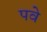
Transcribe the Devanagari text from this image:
पवे